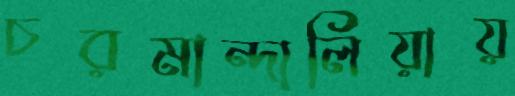
চরমান্দালিয়ায়